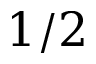
1 / 2